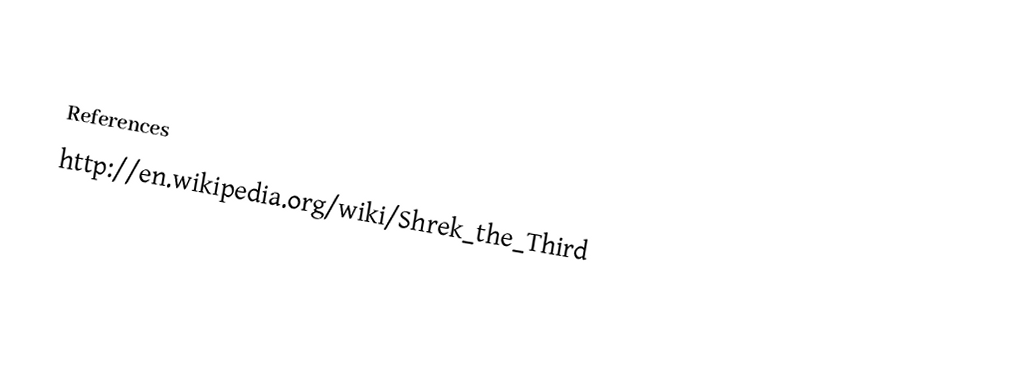

References
http://en.wikipedia.org/wiki/Shrek_the_Third